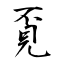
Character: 覔